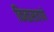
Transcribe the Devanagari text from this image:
किळसवाणे